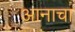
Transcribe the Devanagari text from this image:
आनाचा